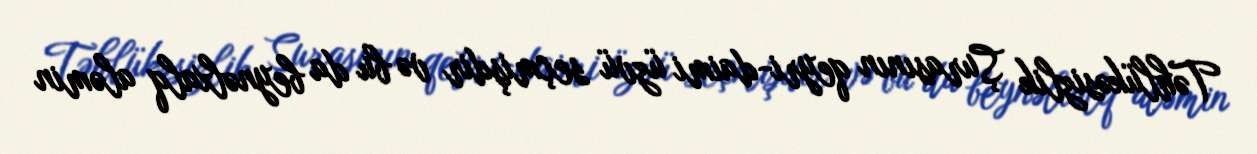
Təhlükəsizlik Şurasının qeyri-daimi üzvü seçmişdir və bu da beynəlxalq aləmin